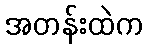
အတန်းထဲက